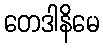
တေဒါနိမေ